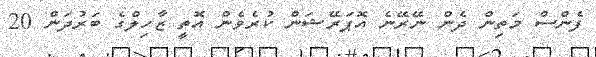
ފެންސް މަތިން ދެން ނޭރޭނެ އޮޕަރޭޝަން ކުރެވެން އޮތީ ޒާހިލްގެ ބަރުދަން 20